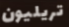
تريليون